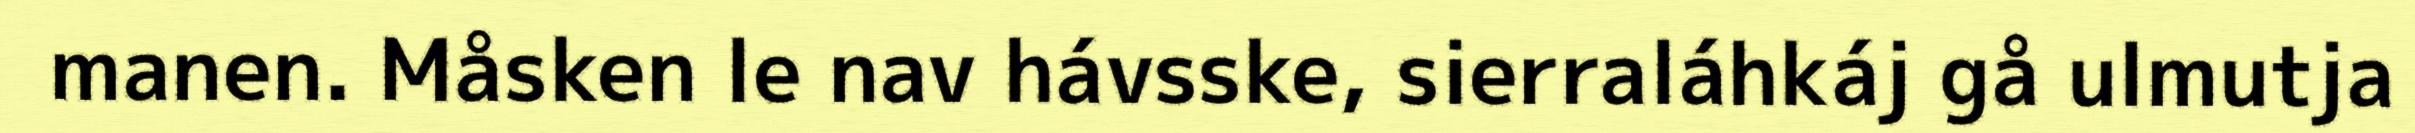
manen. Måsken le nav hávsske, sierraláhkáj gå ulmutja